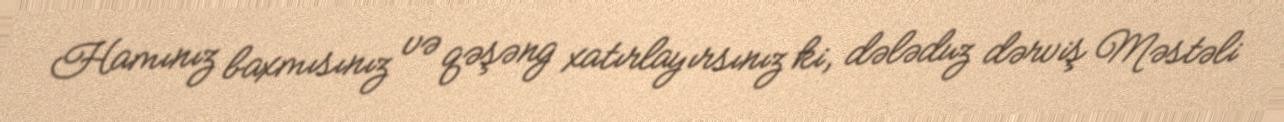
Hamınız baxmısınız və qəşəng xatırlayırsınız ki, dələduz dərviş Məstəli